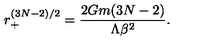
r _ { + } ^ { ( 3 N - 2 ) / 2 } = \frac { 2 G m ( 3 N - 2 ) } { \Lambda \beta ^ { 2 } } .